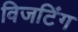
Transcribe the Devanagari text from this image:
विजटिंग